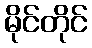
မိုင်တိုင်